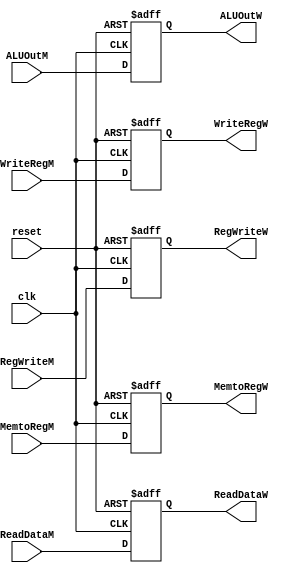

/*
// Module: pipeline_reg_Mem_WB.v
// Description: Pipeline register between Memory and Writeback stage verilog code //
// Owner : Mohamed Ayman
*/

module pipeline_reg_Mem_WB
#(parameter data_size = 32)
(

    output  reg    [data_size-1:0]  ALUOutW,ReadDataW,
    output  reg    [4:0]            WriteRegW,
    output  reg                     RegWriteW,MemtoRegW,
    input   wire                    clk,reset,
    input   wire   [data_size-1:0]  ALUOutM,ReadDataM,
    input   wire   [4:0]            WriteRegM,
    input   wire                    RegWriteM,MemtoRegM
);

always @ ( posedge clk or negedge reset)
    begin
        if ( ! reset )
            begin
                ALUOutW <= 32'd0;
                ReadDataW <= 32'd0;
                WriteRegW <= 5'd0;
                RegWriteW <= 1'b0;
                MemtoRegW <= 1'b0;          
            end
        else
            begin
                ALUOutW <= ALUOutM;
                ReadDataW <= ReadDataM;
                WriteRegW <= WriteRegM;
                RegWriteW <= RegWriteM;
                MemtoRegW <= MemtoRegM; 
            end
    end
endmodule